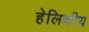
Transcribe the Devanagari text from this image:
हेलिकीय